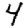
Digit: 4